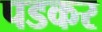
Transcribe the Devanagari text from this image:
पडकर